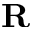
\mathbf { R }